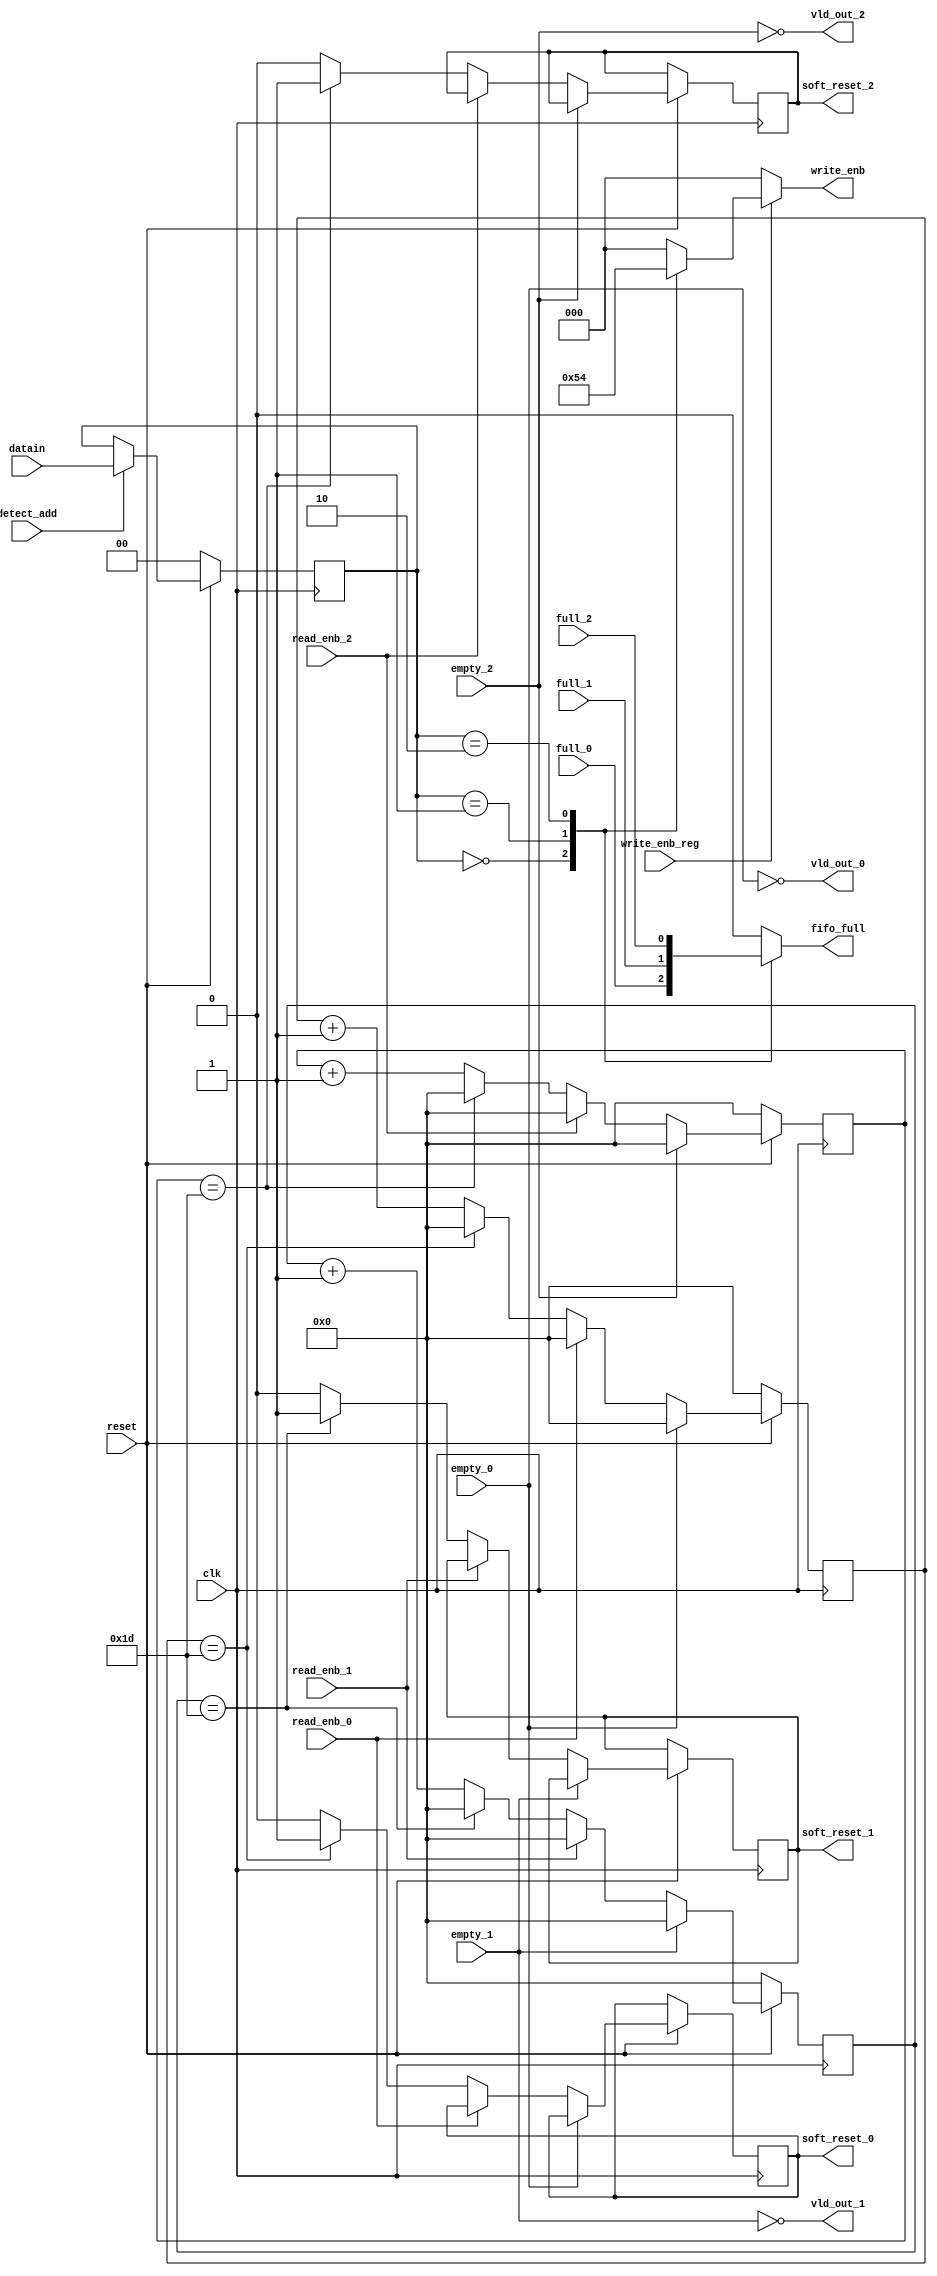
module router_sync(input clk,reset,detect_add,write_enb_reg,read_enb_0,read_enb_1,read_enb_2,empty_0,empty_1,empty_2,full_0,full_1,full_2, input [1:0]datain,
	output reg [2:0]write_enb, output reg fifo_full,output vld_out_0,vld_out_1,vld_out_2, output reg soft_reset_0,soft_reset_1,soft_reset_2);

reg [1:0]temp;
reg [4:0]count0,count1,count2;

//data address detection
always@(posedge clk)
	begin
		if(!reset)
			temp <= 2'd0;
		else if(detect_add)
			temp<=datain;
	end

//for fifo full
always@(*)
	begin
		case(temp)
			2'b00: fifo_full=full_0;
			2'b01: fifo_full=full_1;
			2'b10: fifo_full=full_2;
			default fifo_full=0;
		endcase
	end

//write enable
always@(*)
	begin 
				if(write_enb_reg)
				begin
					case(temp)
						2'b00: write_enb=3'b001;
						2'b01: write_enb=3'b010;
						2'b10: write_enb=3'b100;
						default: write_enb=3'b000;
					endcase
				end
				else
					write_enb = 3'b000;		
	end

//valid out
assign vld_out_0 = ~empty_0;
assign vld_out_1 = ~empty_1;
assign vld_out_2 = ~empty_2;
	
	
//soft reset counter
always@(posedge clk)
	begin
		if(~reset)
			count0<=5'd0;
			else if(vld_out_0)
				begin
					if(~read_enb_0)
						begin
							if(count0==5'd29)	
								begin
									soft_reset_0<=1'b1;
									count0<=1'b0;
								end
							else
								begin
									count0<=count0+1'b1;
									soft_reset_0<=1'b0;
								end
						end
					else count0<=5'd0;
				end
			else count0<=5'd0;
	end

always@(posedge clk)
	begin
		if(~reset)
			count1<=5'd0;
			else if(vld_out_1)
				begin
					if(~read_enb_1)
						begin
							if(count1==5'd29)	
								begin
									soft_reset_1<=1'b1;
									count1<=1'b0;
								end
							else
								begin	
									count1<=count1+1'b1;
									soft_reset_1<=1'b0;
								end
						end
					else count1<=5'd0;
				end
			else count1<=5'd0;
	end


always@(posedge clk)
	begin
		if(~reset)
			count2<=5'd0;
			else if(vld_out_2)
				begin
					if(~read_enb_2)
						begin
							if(count2==5'd29)	
								begin
									soft_reset_2<=1'b1;
									count2<=1'b0;
								end
							else
								begin	
									count2<=count2+1'b1;
									soft_reset_2<=1'b0;
								end	
							
						end
					else count2<=5'd0;
				end
			else count2<=5'd0;
	end

endmodule